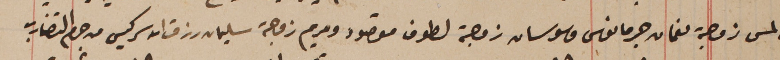
الى لمس زوجة نعمان جرمانوس وسوسان زوجة لطوف مقصود ومريم زوجة سليمان رزق الله سركيس من جرم التضارب